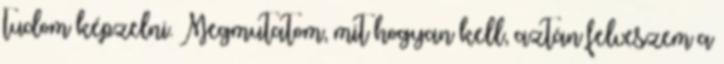
tudom képzelni. Megmutatom, mit hogyan kell, aztán felveszem a